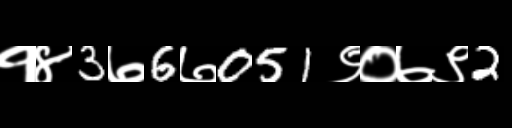
Text: १४3७6७051९०७९2